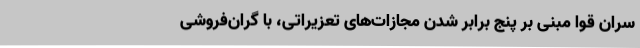
سران قوا مبنی بر پنج برابر شدن مجازات‌های تعزیراتی، با گران‌فروشی